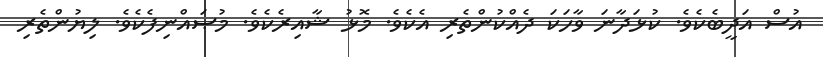
އުސް އަދީބެކެވެ. ކުޅަދާނަ ވާހަކަ ދެއްކުންތެރި އެކެވެ. މޮޅު ޝާއިރެކެވެ. މުޞައްނިފެކެވެ. ލިޔުންތެރި